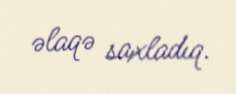
əlaqə saxladıq.